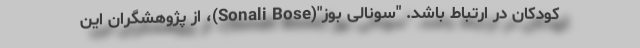
کودکان در ارتباط باشد. "سونالی بوز"(Sonali Bose)، از پژوهشگران این